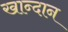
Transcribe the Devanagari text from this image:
खान्दान